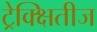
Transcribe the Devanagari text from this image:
ट्रेक्क्षितीज